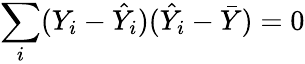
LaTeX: \sum_{i}(Y_{i}-{\hat{Y}}_{i})({\hat{Y}}_{i}-{\bar{Y}})=0